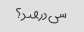
سی درصد؟